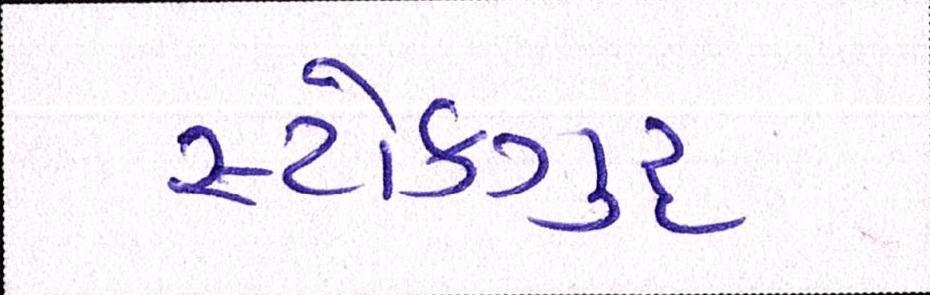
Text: સ્ટોકગુરૃ